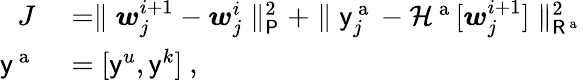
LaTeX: \begin{array}{rl}{J}&{{}=\parallel\boldsymbol{w}_{j}^{i+1}-\boldsymbol{w}_{j}^{i}\parallel_{\mathsf{P}}^{2}+\parallel\mathsf{y}_{j}^{\mathrm{~a~}}-\mathcal{H}^{\mathrm{~a~}}[\boldsymbol{w}_{j}^{i+1}]\parallel_{\mathsf{R}^{\mathrm{~a~}}}^{2}}\\ {\mathsf{y}^{\mathrm{~a~}}}&{{}=[\mathsf{y}^{u},\mathsf{y}^{k}]\mathrm{~,~}}\end{array}